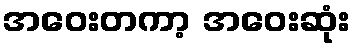
အဝေးတကာ့ အဝေးဆုံး